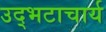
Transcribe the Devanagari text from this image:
उद्भटाचार्य